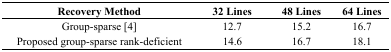
<table><thead><tr><td><b>Recovery Method</b></td><td><b>32 Lines</b></td><td><b>48 Lines</b></td><td><b>64 Lines</b></td></tr></thead><tbody><tr><td>Group-sparse [4]</td><td>12.7</td><td>15.2</td><td>16.7</td></tr><tr><td>Proposed group-sparse rank-deficient</td><td>14.6</td><td>16.7</td><td>18.1</td></tr></tbody></table>